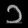
Digit: ၁